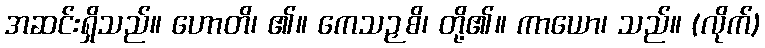
အဆင်းရှိသည်။ ဟောတိ၊ ၏။ ကေသဉှစိ၊ တို့၏။ ကာယော၊ သည်။ (လိုက်)